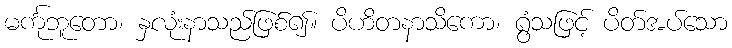
မင်္ကုဘူတော၊ နှလုံးနာသည်ဖြစ်၍။ ပိဟိတနာသိကော၊ ရွံသဖြင့် ပိတ်အပ်သော